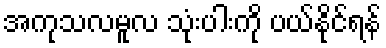
အကုသလမူလ သုံးပါးကို ပယ်နိုင်ရန်